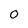
Character: 0